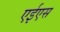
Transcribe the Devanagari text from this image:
एईएस